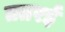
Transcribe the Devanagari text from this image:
ततरई